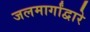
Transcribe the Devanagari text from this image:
जलमार्गांद्वारे